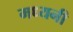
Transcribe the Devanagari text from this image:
मध्यनी